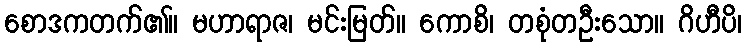
စောဒကတက်၏။ မဟာရာဇ၊ မင်းမြတ်။ ကောစိ၊ တစုံတဦးသော။ ဂိဟီပိ၊